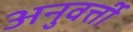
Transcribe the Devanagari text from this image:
अनुवर्त्ती